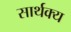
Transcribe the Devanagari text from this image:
सार्थक्य